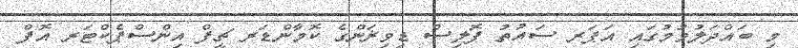
މި ބައްދަލުވުމުގައި އަޕަރ ސައުތު ޕޮލިސް ޑިވިޜަންގެ ކޮމާންޑަރ ޗީފް އިންސްޕެކްޓަރ އޮފް